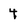
Character: 4